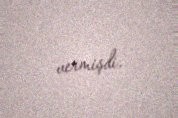
vermişdi.